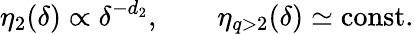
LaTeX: \eta_{2}(\delta)\propto\delta^{-d_{2}},\qquad\eta_{q>2}(\delta)\simeq\mathrm{const}.